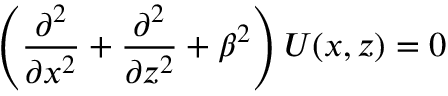
\left( \frac { \partial ^ { 2 } } { \partial x ^ { 2 } } + \frac { \partial ^ { 2 } } { \partial z ^ { 2 } } + \beta ^ { 2 } \right) U ( x , z ) = 0